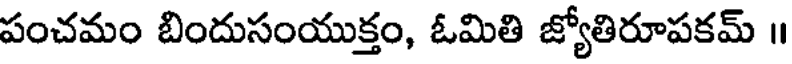
పంచమం బిందుసంయుక్తం, ఓమితి జ్యోతిరూపకమ్ ॥